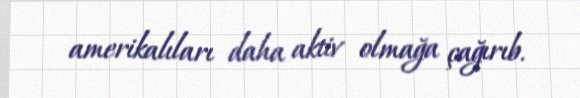
amerikalıları daha aktiv olmağa çağırıb.